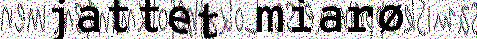
jattet miarø